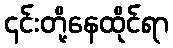
၎င်းတို့နေထိုင်ရာ